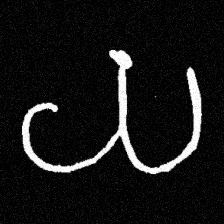
Pyu character \u2014 Myanmar letter: ယ (romanized: ya)